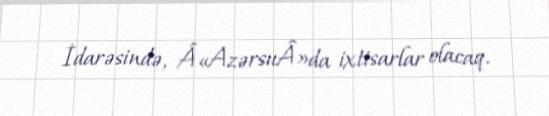
İdarəsində, Â«AzərsuÂ»da ixtisarlar olacaq.